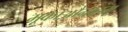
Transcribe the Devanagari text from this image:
मूकाऔनाहमू